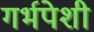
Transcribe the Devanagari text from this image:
गर्भपेशी